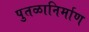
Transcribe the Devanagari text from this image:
पुतळानिर्माण